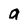
Character: a